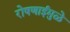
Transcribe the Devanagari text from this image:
रोषणाईमुळे